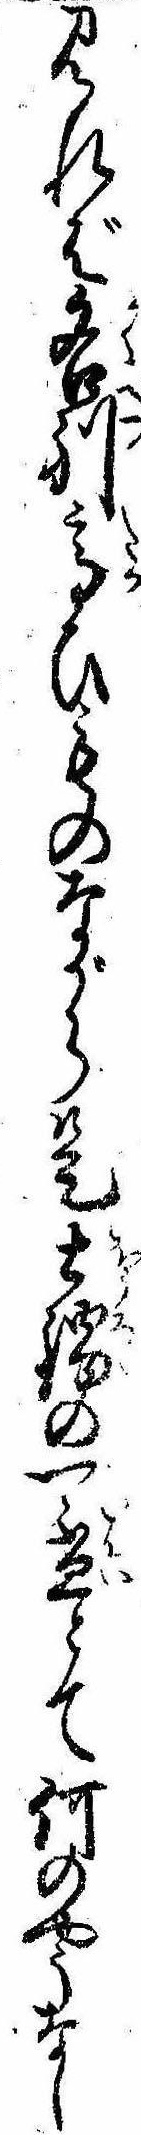
見れば各別高ひものながら是土鍋の一杯とて何のやうなし